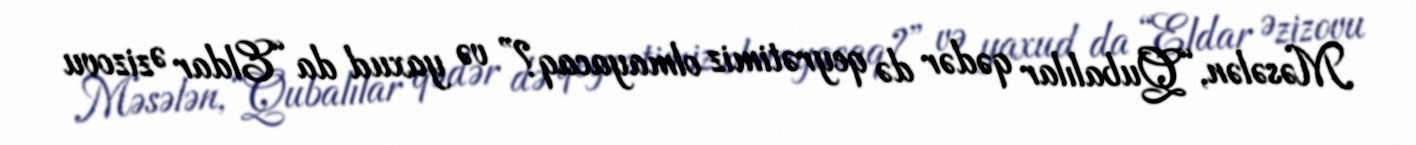
Məsələn, “Qubalılar qədər də qeyrətimiz olmayacaq?” və yaxud da “Eldar Əzizovu